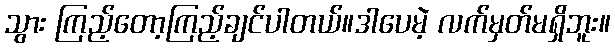
သွား ကြည့်တော့ကြည့်ချင်ပါတယ်။ဒါပေမဲ့ လက်မှတ်မရှိဘူး။